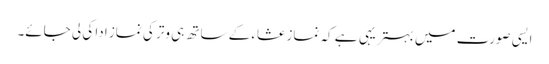
ایسی صورت میں بہتریہی ہے کہ نماز عشاء کے ساتھ ہی وتر کی نماز ادا کی لی جائے۔